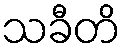
သခီတိ